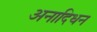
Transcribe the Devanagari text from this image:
अनादिधन